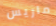
ماريس